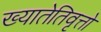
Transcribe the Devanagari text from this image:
ख्यातेतिवृत्तो